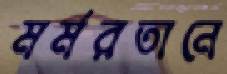
মর্মরতানে